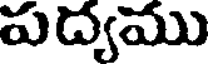
పద్యము